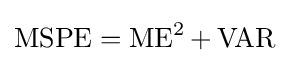
\operatorname {MSPE} =\operatorname {ME} ^{2}+\operatorname {VAR}